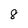
Character: 8